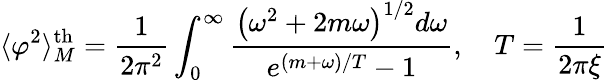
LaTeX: \langle\varphi^{2}\rangle_{M}^{\mathrm{th}}=\frac{1}{2\pi^{2}}\int_{0}^{\infty}\frac{\left(\omega^{2}+2m\omega\right)^{1/2}d\omega}{e^{(m+\omega)/T}-1},\quad T=\frac{1}{2\pi\xi}